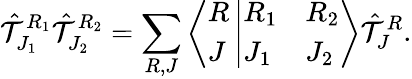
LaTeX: {\hat{\cal T}}_{J_{1}}^{R_{1}}{\hat{\cal T}}_{J_{2}}^{R_{2}}=\sum_{R,J}\left\langle\begin{array}{l}{{R}}\\ {{J}}\end{array}\right.\left|\begin{array}{ll}{{R_{1}}}&{{R_{2}}}\\ {{J_{1}}}&{{J_{2}}}\end{array}\right\rangle{\hat{\cal T}}_{J}^{R}.